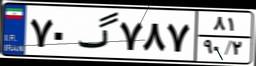
۷۰گ۷۸۷۸۱